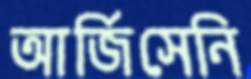
আর্জিসেনি